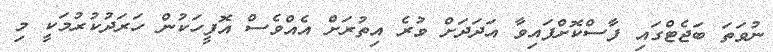
ނުވަތަ ބަޖެޓްގައި ފާސްކޮށްފައިވާ އަދަދަށް ވުރެ އިތުރަށް އެއްވެސް އޮފީހަކުން ހަރަދުކުރުމަކީ މި